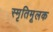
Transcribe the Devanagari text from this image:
स्मृतिमूलक